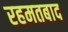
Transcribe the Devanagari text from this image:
रहमतबाद